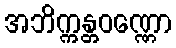
အဘိက္ကန္တဝဏ္ဏော